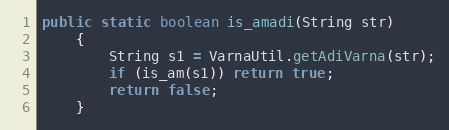
Language: Java
public static boolean is_amadi(String str)
    {
        String s1 = VarnaUtil.getAdiVarna(str);
        if (is_am(s1)) return true;
        return false;
    }